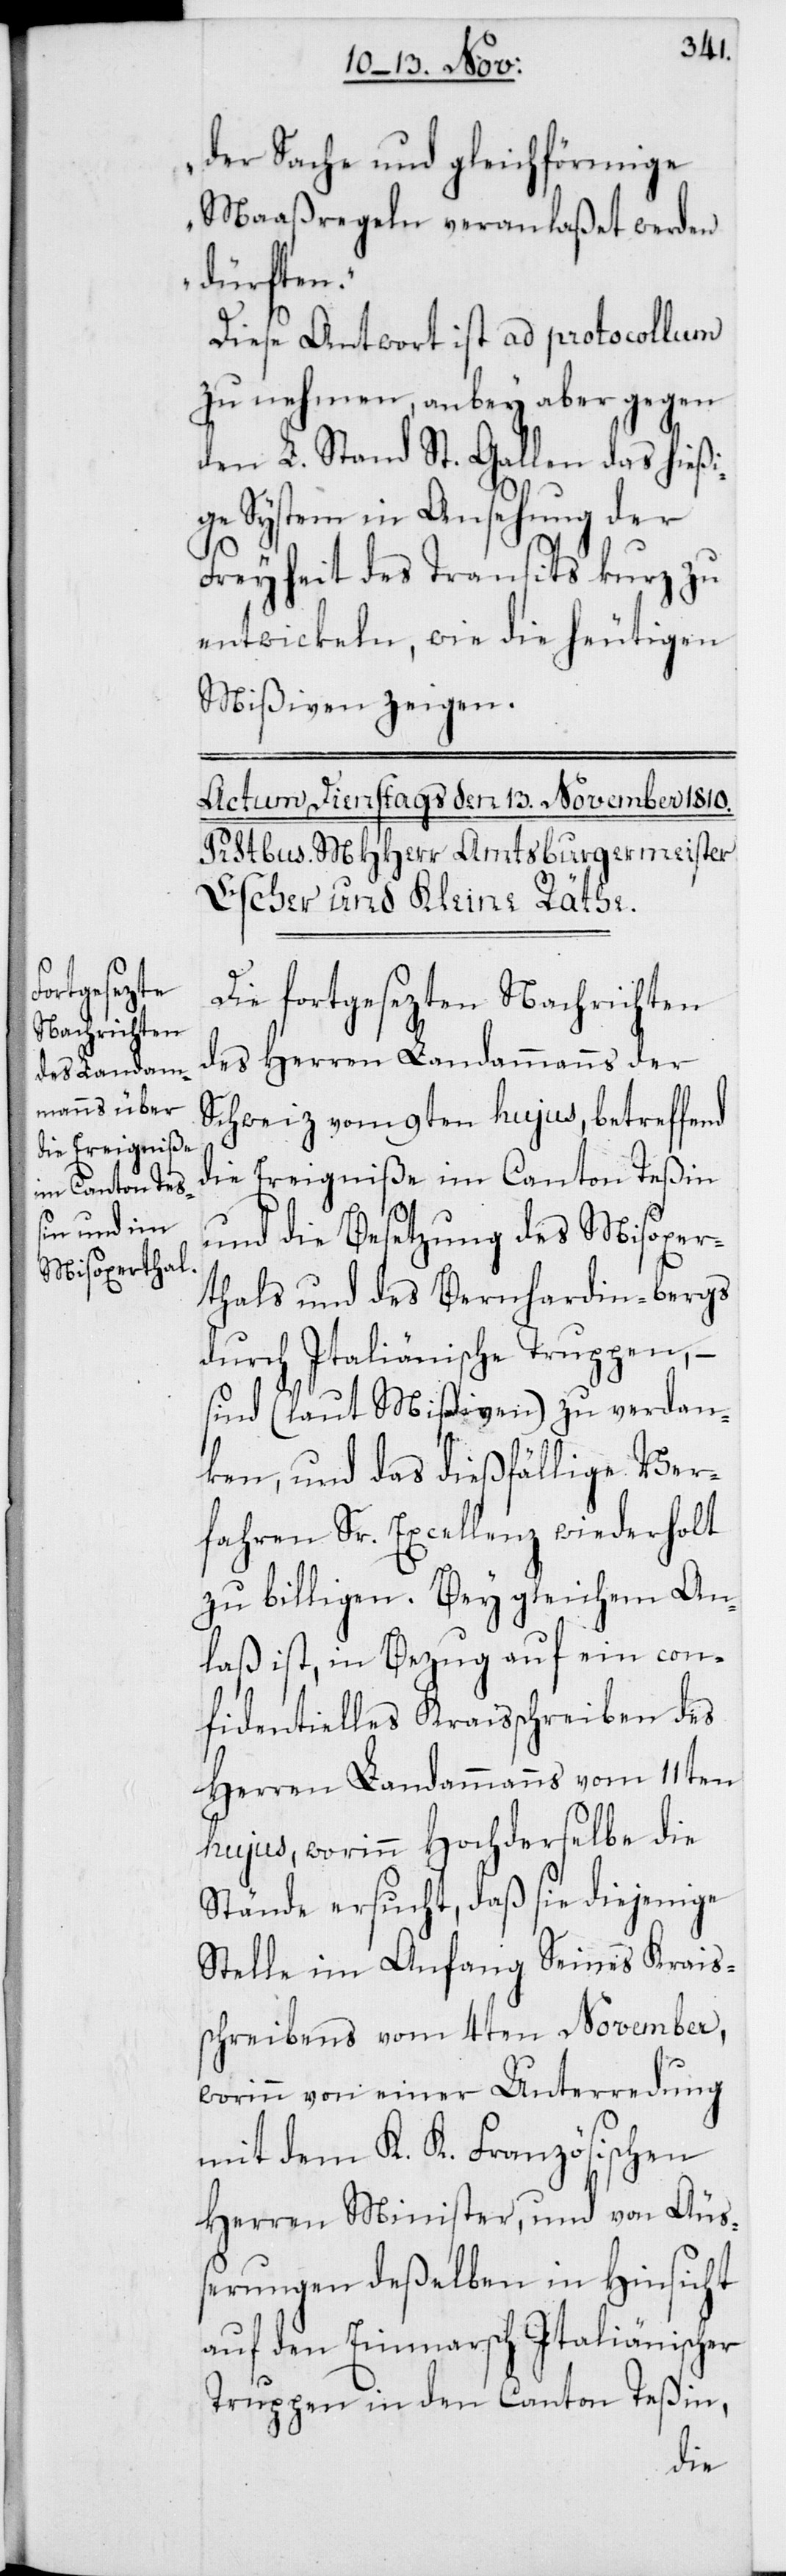
der Sache und gleichförmige
Maaßregeln veranlaßet werden
dürften“.
Diese Antwort ist ad protocollum
zu nehmen, anbey aber gegen
den L. Stand St. Gallen das hießi¬
ge System in Ansehung der
Freyheit des Transits kurz zu
entwickeln, wie die heutigen
Mißiven zeigen.
Die fortgesezten Nachrichten
des Herren Landammanns der
Schweiz vom 9ten hujus, betreffend
die Ereigniße im Canton Teßin
und die Besetzung des Misoxer¬
tals und des Bernhardin-bergs
durch Italiänische Truppen, –
sind (laut Mißiven) zu verdan¬
ken, und das dießfällige Ver¬
fahren Sr. Excellenz wiederholt
zu billigen. Bey gleichem An¬
laß ist, in Bezug auf ein con¬
fidentielles Kraisschreiben des
Herren Landammanns vom 11ten
hujus, worinn Hochderselbe die
Stände ersucht, daß sie diejenige
Stelle im Anfang Seines Krais¬
schreibens vom 4ten November,
worinn von einer Unterredung
mit dem K. K. Französischen
Herren Minister, und von Äuß¬
erungen deßelben in Hinsicht
auf den Einmarsch Italiänischer
Truppen in den Canton Teßin,